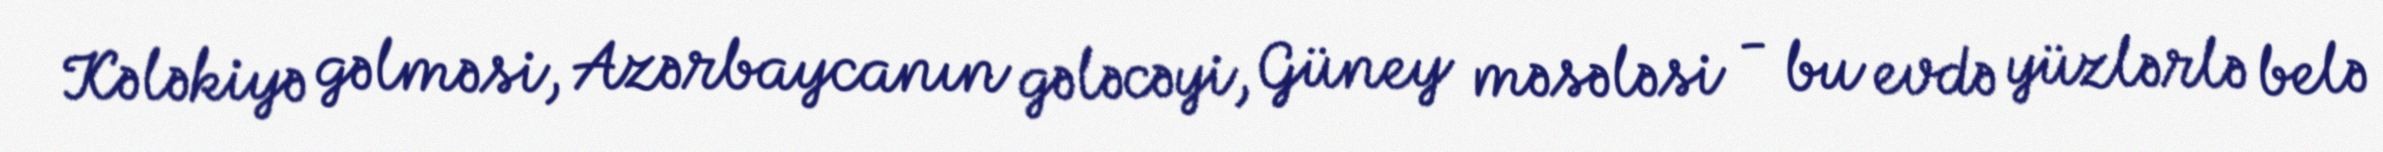
Kələkiyə gəlməsi, Azərbaycanın gələcəyi, Güney məsələsi - bu evdə yüzlərlə belə